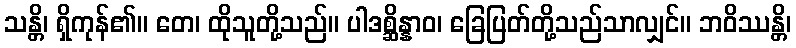
သန္တိ၊ ရှိကုန်၏။ တေ၊ ထိုသူတို့သည်။ ပါဒစ္ဆိန္နာဝ၊ ခြေပြတ်တို့သည်သာလျှင်။ ဘဝိဿန္တိ၊